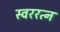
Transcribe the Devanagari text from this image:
स्वररत्न